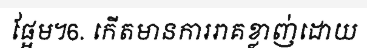
ផ្អែម។6. កើតមានការរាគខ្លាញ់ដោយ